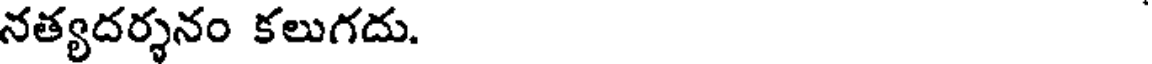
నత్యదర్శనం కలుగదు.